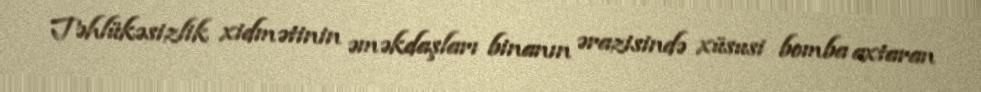
Təhlükəsizlik xidmətinin əməkdaşları binanın ərazisində xüsusi bomba axtaran